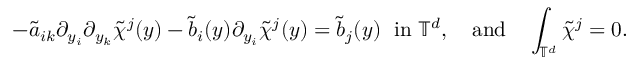
- { \tilde { a } } _ { i k } \partial _ { y _ { i } } \partial _ { y _ { k } } \tilde { \chi } ^ { j } ( y ) - \tilde { b } _ { i } ( y ) \partial _ { y _ { i } } \tilde { \chi } ^ { j } ( y ) = \tilde { b } _ { j } ( y ) \; \mathrm { ~ i n ~ } \mathbb { T } ^ { d } , \quad \mathrm { a n d } \quad \int _ { \mathbb { T } ^ { d } } \tilde { \chi } ^ { j } = 0 .